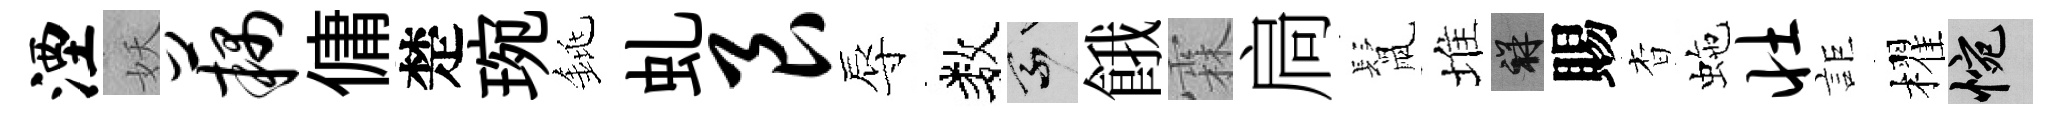
湮妖藕傭楚琬銚虬艮辱数乘餓霖扃鬛堆祥賜杳虵壮詎櫂惋